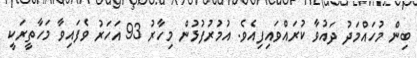
ބިން މުހައްމަދު ދައުވާ ކުރައްވައިފިއެވެ. އުމުރުފުޅުން މިހާރު 93 އަހަރު ވެފައިވާ މަހާތީރަކީ